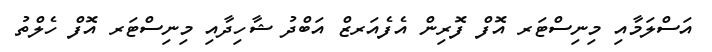
އަސްލަމާއި މިނިސްޓަރ އޮފް ފޮރިން އެފެއަރޒް އަބްދު ޝާހިދާއި މިނިސްޓަރ އޮފް ހެލްތު